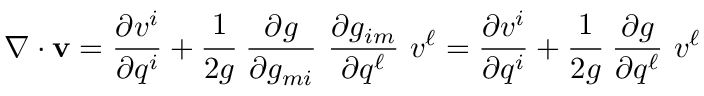
{ \boldsymbol { \nabla } } \cdot \mathbf { v } = { \frac { \partial v ^ { i } } { \partial q ^ { i } } } + { \cfrac { 1 } { 2 g } } ~ { \frac { \partial g } { \partial g _ { m i } } } ~ { \frac { \partial g _ { i m } } { \partial q ^ { \ell } } } ~ v ^ { \ell } = { \frac { \partial v ^ { i } } { \partial q ^ { i } } } + { \cfrac { 1 } { 2 g } } ~ { \frac { \partial g } { \partial q ^ { \ell } } } ~ v ^ { \ell }